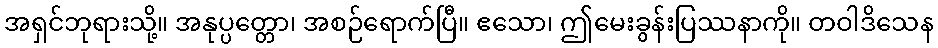
အရှင်ဘုရားသို့။ အနုပ္ပတ္တော၊ အစဉ်ရောက်ပြီ။ ဧသော၊ ဤမေးခွန်းပြဿနာကို။ တဝါဒိသေန